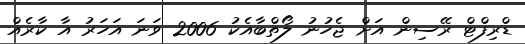
ޑްރިފްޓް ރޭސިން އަށް ޖެހުނު ލޯތްބާއެކު 2006 ވަނަ އަހަރު އާ ކާރެއް